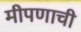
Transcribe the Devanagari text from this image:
मीपणाची